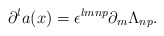
\begin{align*}\partial^la(x)=\epsilon^{lmnp}\partial_m\Lambda_{np}.\end{align*}